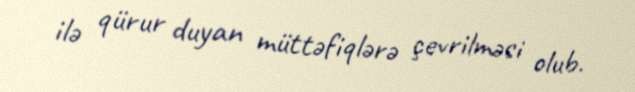
ilə qürur duyan müttəfiqlərə çevrilməsi olub.